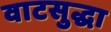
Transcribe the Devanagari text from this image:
वाटसुद्धा